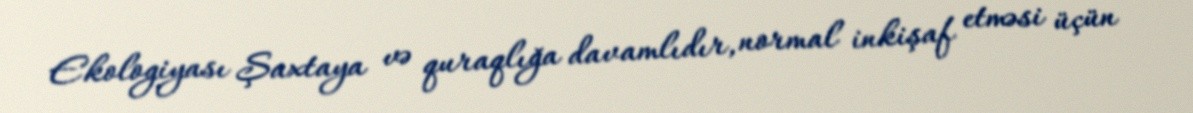
Ekologiyası Şaxtaya və quraqlığa davamlıdır, normal inkişaf etməsi üçün